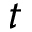
t